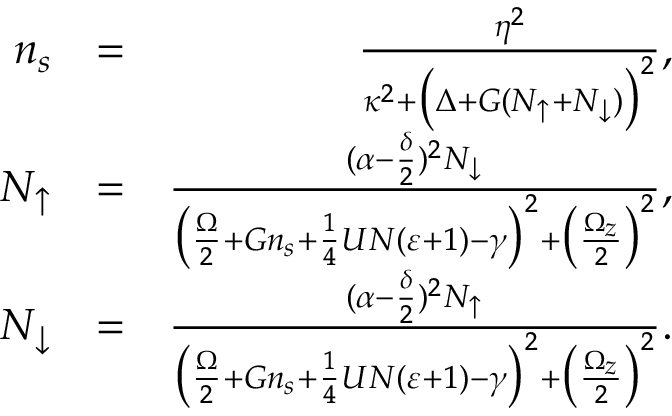
\begin{array} { r l r } { n _ { s } } & { = } & { \frac { \eta ^ { 2 } } { \kappa ^ { 2 } + \big ( \Delta + G ( N _ { \uparrow } + N _ { \downarrow } ) \big ) ^ { 2 } } , } \\ { N _ { \uparrow } } & { = } & { \frac { ( \alpha - \frac { \delta } { 2 } ) ^ { 2 } N _ { \downarrow } } { \big ( \frac { \Omega } { 2 } + G n _ { s } + \frac { 1 } { 4 } U N ( \varepsilon + 1 ) - \gamma \big ) ^ { 2 } + \big ( \frac { \Omega _ { z } } { 2 } \big ) ^ { 2 } } , } \\ { N _ { \downarrow } } & { = } & { \frac { ( \alpha - \frac { \delta } { 2 } ) ^ { 2 } N _ { \uparrow } } { \big ( \frac { \Omega } { 2 } + G n _ { s } + \frac { 1 } { 4 } U N ( \varepsilon + 1 ) - \gamma \big ) ^ { 2 } + \big ( \frac { \Omega _ { z } } { 2 } \big ) ^ { 2 } } . } \end{array}